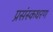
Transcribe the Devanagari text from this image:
प्रसंस्कथरण